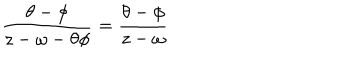
\frac { \theta - \phi } { z - \omega - \theta \phi } = \frac { \theta - \phi } { z - \omega }